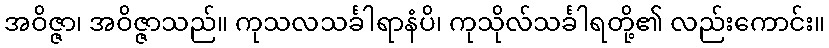
အဝိဇ္ဇာ၊ အဝိဇ္ဇာသည်။ ကုသလသင်္ခါရာနံပိ၊ ကုသိုလ်သင်္ခါရတို့၏ လည်းကောင်း။